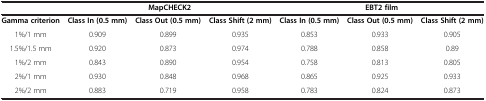
<table><thead><tr><td>[EMPTY_CELL]</td><td colspan="3"><b>MapCHECK2</b></td><td colspan="3"><b>EBT2 film</b></td></tr></thead><tbody><tr><td><b>Gamma criterion</b></td><td><b>Class In (0.5 mm)</b></td><td><b>Class Out (0.5 mm)</b></td><td><b>Class Shift (2 mm)</b></td><td><b>Class In (0.5 mm)</b></td><td><b>Class Out (0.5 mm)</b></td><td><b>Class Shift (2 mm)</b></td></tr><tr><td>1%/1 mm</td><td>0.909</td><td>0.899</td><td>0.935</td><td>0.853</td><td>0.933</td><td>0.905</td></tr><tr><td>1.5%/1.5 mm</td><td>0.920</td><td>0.873</td><td>0.974</td><td>0.788</td><td>0.858</td><td>0.89</td></tr><tr><td>1%/2 mm</td><td>0.843</td><td>0.890</td><td>0.954</td><td>0.758</td><td>0.813</td><td>0.805</td></tr><tr><td>2%/1 mm</td><td>0.930</td><td>0.848</td><td>0.968</td><td>0.865</td><td>0.925</td><td>0.933</td></tr><tr><td>2%/2 mm</td><td>0.883</td><td>0.719</td><td>0.958</td><td>0.783</td><td>0.824</td><td>0.873</td></tr></tbody></table>